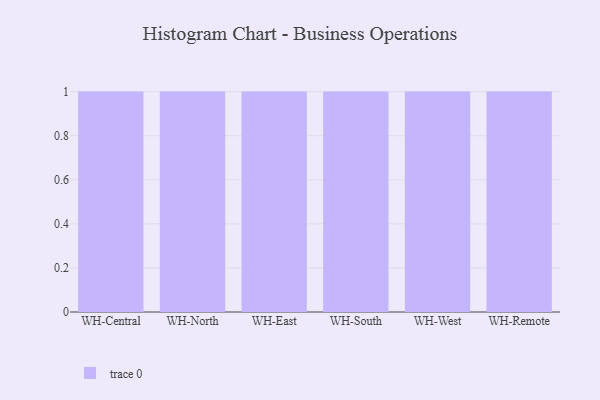
{"axis": {"x": "Warehouse", "y": "LTV (USD)"}, "legend": [""], "data": [{"x": "WH-Central", "y": 58, "type": ""}, {"x": "WH-North", "y": 22, "type": ""}, {"x": "WH-East", "y": 34, "type": ""}, {"x": "WH-South", "y": 44, "type": ""}, {"x": "WH-West", "y": 25, "type": ""}, {"x": "WH-Remote", "y": 85, "type": ""}]}